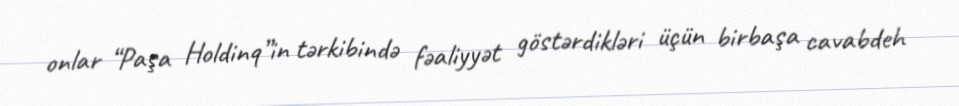
onlar “Paşa Holdinq”in tərkibində fəaliyyət göstərdikləri üçün birbaşa cavabdeh